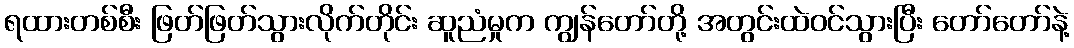
ရထားတစ်စီး ဖြတ်ဖြတ်သွားလိုက်တိုင်း ဆူညံမှုက ကျွန်တော်တို့ အတွင်းထဲဝင်သွားပြီး တော်တော်နဲ့